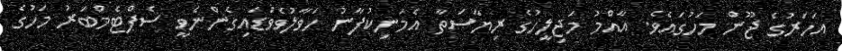
އަހަރުގެ ޖޫން މަހުގައެވެ. އާއްމު މަޖިލީހުގެ ރިޔާސަތާ އެމަނިކުފާނު ހަވާލުވެވަޑައިގެންނެވީ ސެޕްޓެމްބަރު މަހުގެ